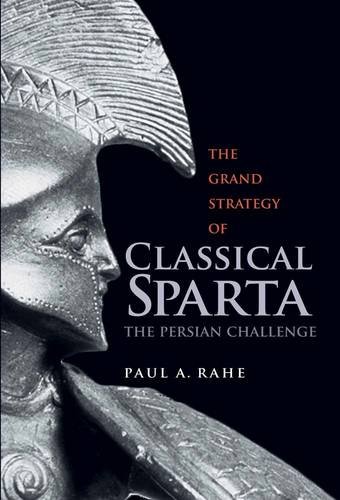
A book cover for The Grand Strategy of Classical Sparta: The Persian Challenge (Yale Library of Military History); Paul Anthony Rahe; History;